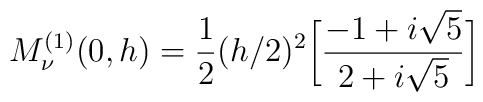
M^{(1)}_{\nu}(0,h)=\frac{1}{2}(h/2)^2\bigg[\frac{-1+i\sqrt{5}}{2+i\sqrt{5}}\bigg]